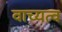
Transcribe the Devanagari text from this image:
वाच्यत्व